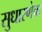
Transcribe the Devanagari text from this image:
सुधारणेचा